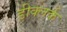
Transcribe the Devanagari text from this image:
डीक्लर्क